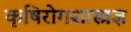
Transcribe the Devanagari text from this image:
कृषिरोगशास्त्रज्ञ